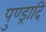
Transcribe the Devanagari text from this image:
पुण्ड्रादि